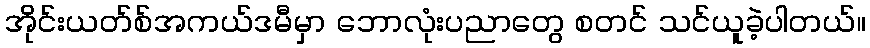
အိုင်းယတ်စ်အကယ်ဒမီမှာ ဘောလုံးပညာတွေ စတင် သင်ယူခဲ့ပါတယ်။